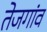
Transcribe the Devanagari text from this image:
तेजगांव